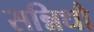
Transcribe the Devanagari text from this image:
सन्निधौ